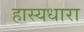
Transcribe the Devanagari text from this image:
हास्यधारा